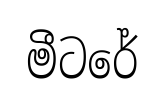
මීටරේ